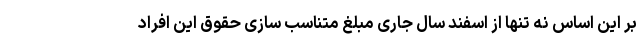
بر این اساس نه تنها از اسفند سال جاری مبلغ متناسب سازی حقوق این افراد